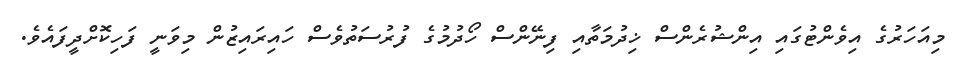
މިއަހަރުގެ އިވެންޓުގައި އިންޝުރެންސް ޚިދުމަތާއި ފިނޭންސް ހޯދުމުގެ ފުރުސަތުވެސް ހައިރައިޒުން މިވަނީ ފަހިކޮށްދީފައެވެ.